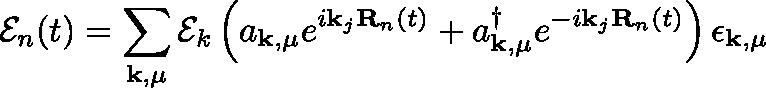
\mathbf { \mathcal { E } } _ { n } ( t ) = \sum _ { \mathbf { k } , \mu } \mathcal { E } _ { k } \left( a _ { \mathbf { k } , \mu } e ^ { i \mathbf { k } _ { j } \mathbf { R } _ { n } ( t ) } + a _ { \mathbf { k } , \mu } ^ { \dagger } e ^ { - i \mathbf { k } _ { j } \mathbf { R } _ { n } ( t ) } \right) \mathbf { \epsilon } _ { \mathbf { k } , \mu }